Vital statistics of India. Vol. IV, Annual returns from 1871 to 1876. British Army of India, Native Army and jails of Bengal
Year: 1871
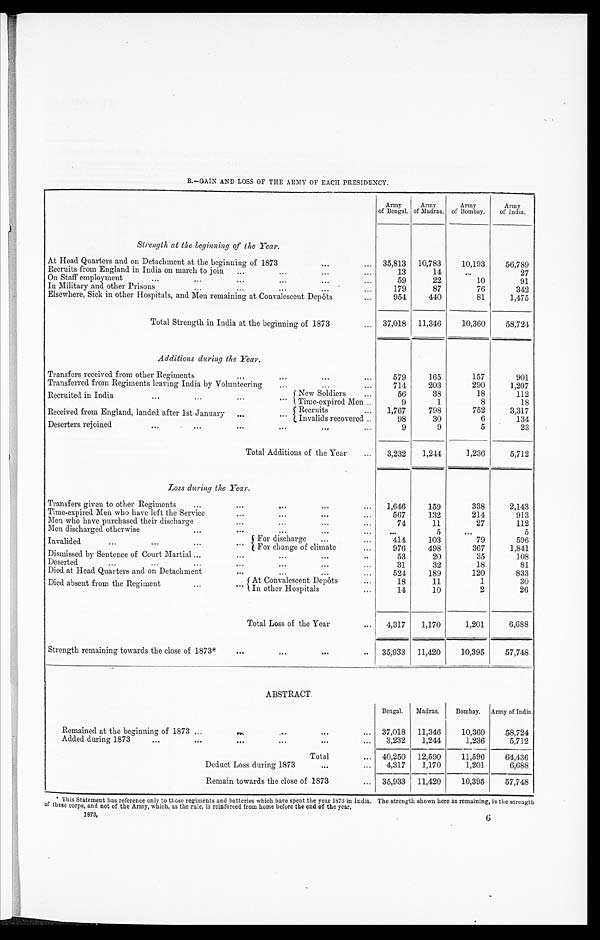
B.–GAIN AND LOSS OF THE ARMY OF EACH PRESIDENCY.
Army
of Bengal.
Army
of Madras.
Army
of Bombay.
Army
of India.
Strength at the beginning of the Year.
At Head Quarters and on Detachment at the beginning of 1873 . . .
35,813
10,783
10,193
56,789
Recruits from England in India on march to join . . .
13
14
. . .
27
On Staff employment . . .
59
22
10
91
In Military and other Prisons . . .
179
87
76
342
Elsewhere, Sick in other Hospitals, and Men remaining at Convalescent Depôts . . .
954
440
81
1,475
Total Strength in India at the beginning of 1873 . . .
37,018
11,346
10,360
58,724
Additions during the Year.
Transfers received from other Regiments . . .
579
165
157
901
Transferred from Regiments leaving India by Volunteering . . .
714
203
290
1,207
Recruited in India . . .
New Soldiers . . .
56
38
18
112
Time-expired Men . . .
9
1
8
18
Received from England, landed after 1st January . . .
Recruits . . .
1,767
798
752
3,317
Invalids recovered . . .
98
30
6
134
Deserters rejoined . . .
9
9
5
23
Total Additions of the Year . . .
3,232
1,244
1,236
5,712
Loss during the Year.
Transfers given to other Regiments . . .
1,646
159
338
2,143
Time-expired Men who have left the Service . . .
567
132
214
913
Men who have purchased their discharge . . .
74
11
27
112
Men discharged otherwise . . .
. . .
5
. . .
5
Invalided . . .
F o r d i s c h a r g e . . .
414
103
79
596
For change of climate . . .
976
498
367
1,841
Dismissed by Sentence of Court Martial . . .
53
20
35
108
Deserted . . .
31
32
18
81
Died at Head Quarters and on Detachment . . .
524
189
120
833
Died absent from the Regiment
. . .
At Convalescent Depôts . . .
18
11
1
30
In other Hospitals . . .
14
10
2
26
Total Loss of the Year . . .
4,317
1,170
1,201
6,688
Strength remaining towards the close of 1873* . . .
35,933
11,420
10,395
57,748
ABSTRACT.
Bengal.
Madras.
Bombay.
Army of India.
Remained at the beginning of 1873 . . .
37,018
11,346
10,360
58,724
Added during 1873 . . .
3,232
1,244
1,236
5,712
Total . . .
40,250
12,590
11,596
64,436
Deduct Loss during 1873 . . .
4,317
1,170
1,201
6,688
Remain towards the close of 1873 . . .
35,933
11,420
10,395
57,748
* This Statement has reference only to those regiments and batteries which have spent the year 1873 in India. The strength shown here as remaining, is the strength
of these corps, and not of the Army, which, as the rule, is reinforced from home before the end of the year,
1873,